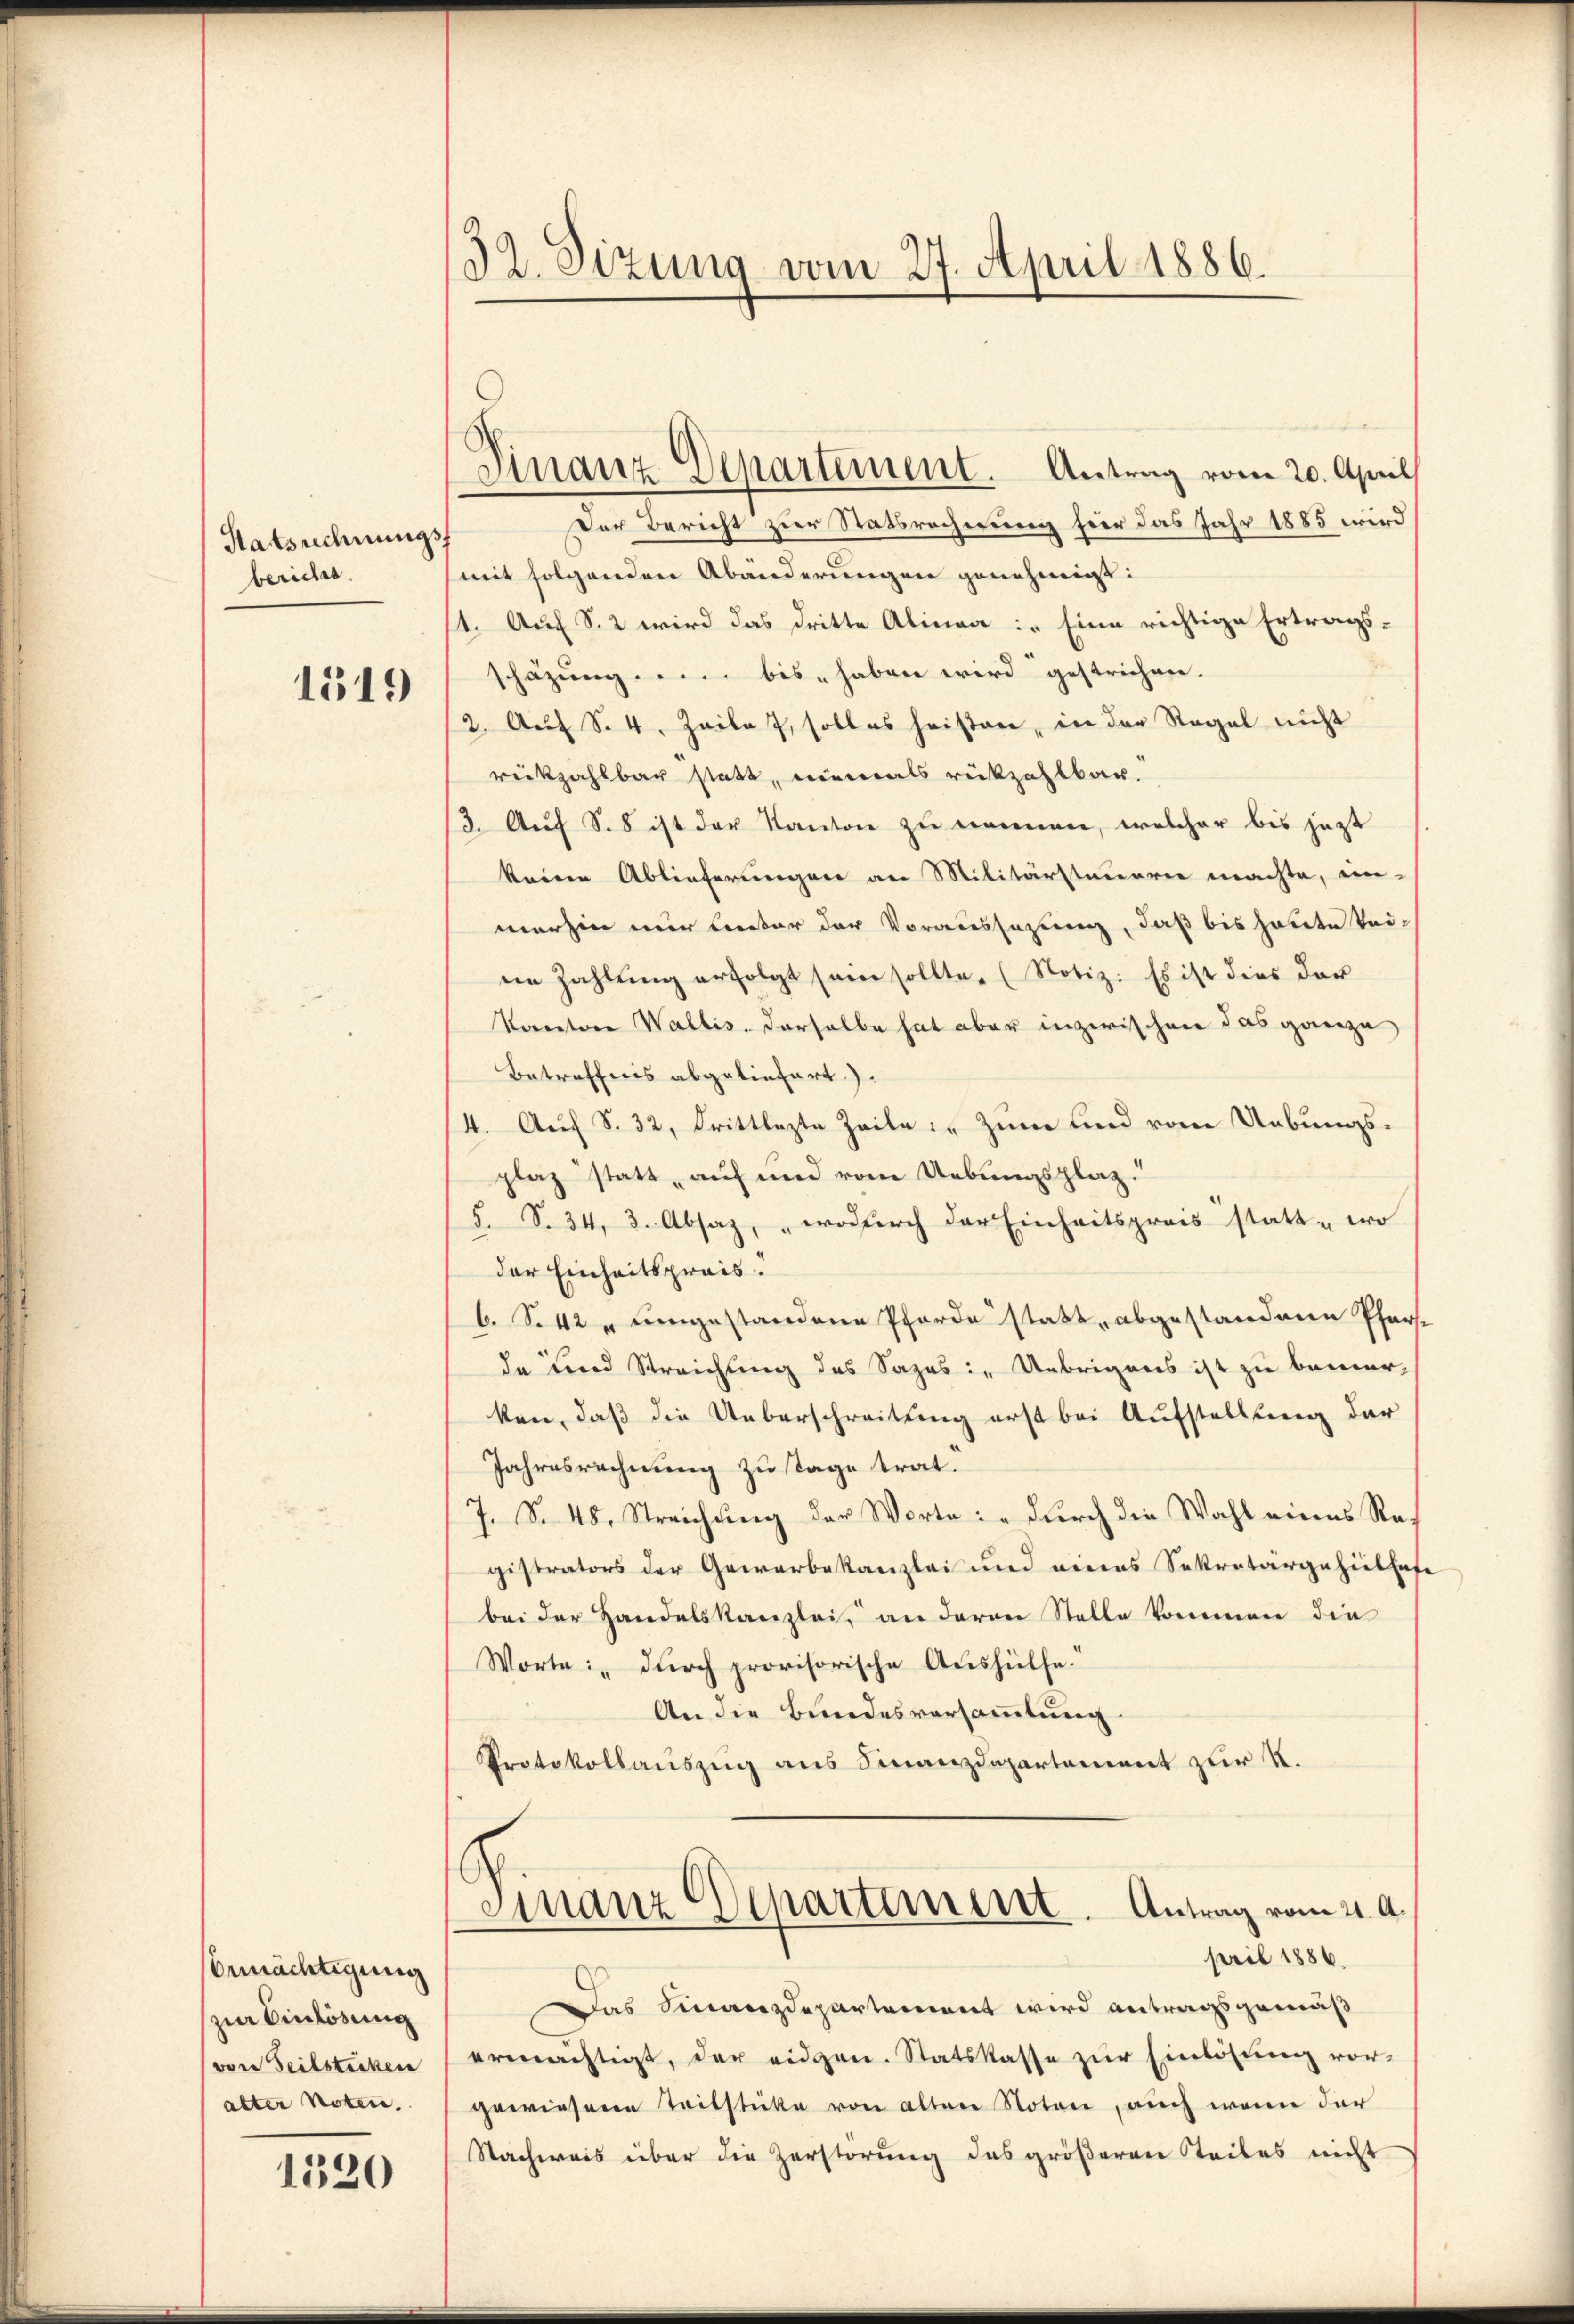
Statsrechnungs
beriches.

1519

Ermächtigung
zin Einlösung
von Seilstecken
alter Noten.

1520

32. Sizung vom 27. April 1886.

Finanz-Departement. Antrag vom 20. April

Der Bericht zur Statsrechnung für das Jahr 1885 wird
mit folgenden Abänderungen genehmigt:
/1. Auf S. 2 wird das dritte Alinea: „Eine richtige Ertragsschäzung .... bis haben wird gestrichen.
2. Auf S. 4. Zeile 7, soll es heisen, in der Regel nicht
rückzahlbar statt, niemals rückzahlbar.
13. Auf S. ist der Kanton zu nennen, welcher bis jezt
keine Ablieferungen an Militärstauerer machte, un-
merhin nur lieber der Voraussezung, daß bis heute keiie Zahlŭng erfolgt sein sollte. (Notiz: Es ist dies dar
Kanton Wallis. Derselbe hat aber inzwischen das ganze
Betreffnis abgeliefert.)
4. Auf S. 32, drittlezte Zeile in Zum und vom Uebungsplaz statt auf und vom Uebungsplatz.
5. S. 34, 3. Absaz, wodurch der Einheitspreis statt - wo
der Einheitspreis.
b. S. 42 " umgestandene Pferde statt, abgestandene Pfarda und Streichung des Sages in Übrigens ist zu bemerken, daß die Ueberschreitung erst bei Aufstellung der
Jahresrechnung zu Tage trat.
J. S. 48. Streichung der Worte: „durch die Wahl eines Reg
gistrators der Gewerbekanzlei und eines Sekretärgeheilhaft
bei der Handelskanzlei an deren Stelle kommen die
Worte: „durch provisorische Aushülfe.
An die Bundesversammlung.
Protokollauszug aus Finanzdepartement zur K.
Finanz Departement. Antrag vom 4. A.
pril 1886.
Das Finanzdepartement wird antragsgemäß
ermächtigt, der eidgen. Statskasse zŭr Einlösung vor-
gewiesenen Teilstücke von altene Notar, auch wenn der
Nachweis über die Zerstörung das größeren Teiles nicht